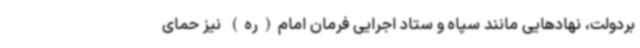
بردولت، نهادهایی مانند سپاه و ستاد اجرایی فرمان امام(ره) نیز حمای